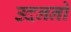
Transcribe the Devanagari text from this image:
उदननो